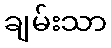
ချမ်းသာ